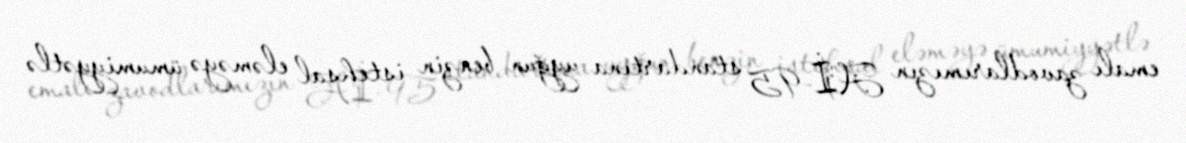
emalı zavodlarımızın Aİ-95 standartına uyğun benzin istehsal eləməyə ümumiyyətlə